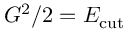
G ^ { 2 } / 2 = E _ { \mathrm { { c u t } } }